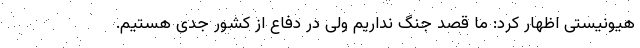
هیونیستی اظهار کرد: ما قصد جنگ نداریم ولی در دفاع از کشور جدی هستیم.